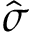
\hat { \sigma }